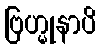
ဗြဟ္မုနာပိ